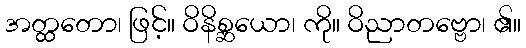
အတ္ထတော၊ ဖြင့်။ ဝိနိစ္ဆယော၊ ကို။ ဝိညာတဗ္ဗော၊ ၏။